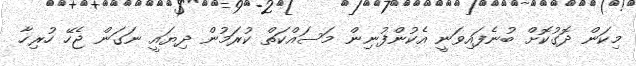
މިކަން ދޮގުކޮށް ބުނެފައިވަނީ އެކުންފުނިން މަސައްކަތް ކުރަމުން ދިޔައީ ނަގަން ޖެހޭ ހުރިހާ